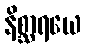
နိစ္ဆာရယေ